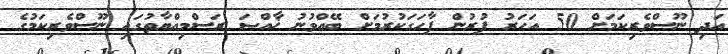
އަދި ނޫސްވެރިކަމަށް 50 އަހަރު ފުރުން ފާހަގަކުރުމަށް ބޭއްވުނު ޚާއްޞަ ރަސްމިއްޔާތުގައި ނޫސްވެރިކަމުގެ